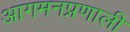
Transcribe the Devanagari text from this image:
आगमनप्रणाली